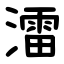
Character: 㵢